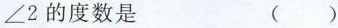
则\angle 2的度数是（）